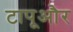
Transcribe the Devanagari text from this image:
टापूऔर